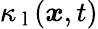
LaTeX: \kappa_{\mathrm{~l~}}(\boldsymbol{x},t)